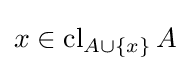
x\in \operatorname {cl} _{A\cup \{x\}}A